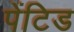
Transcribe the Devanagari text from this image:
पेंटिड